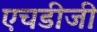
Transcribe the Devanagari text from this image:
एचडीजी